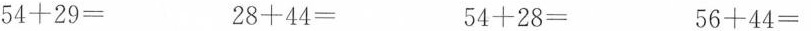
$$5 4 + 2 9 =$$ $$2 8 + 4 4 =$$ $$5 4 + 2 8 =$$ $$5 6 + 4 4 =$$